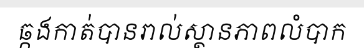
ឆ្កងកាត់បានរាល់ស្ថានភាពលំបាក